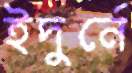
ইদুর্নে